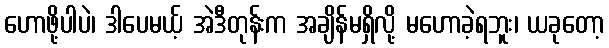
ဟောဖို့ပါပဲ၊ ဒါပေမယ့် အဲဒီတုန်းက အချိန်မရှိလို့ မဟောခဲ့ရဘူး၊ ယခုတော့